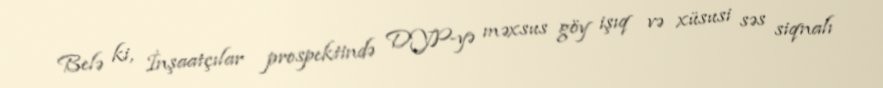
Belə ki, İnşaatçılar prospektində DYP-yə məxsus göy işıq və xüsusi səs siqnalı